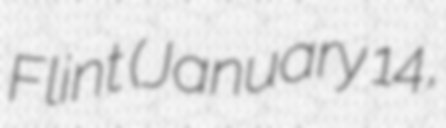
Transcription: Flint (January 14,